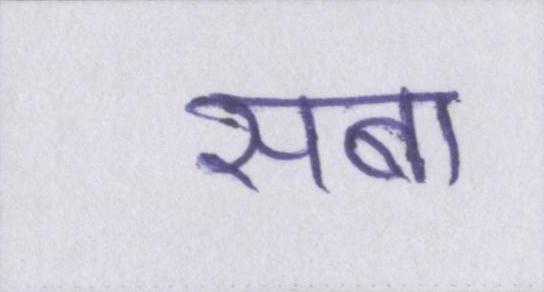
सबा